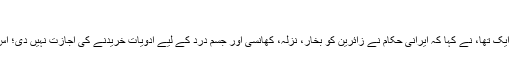
"
55 سالہ طارق حسین، جو ایران سے ملک بدر کیے گئے زائرین میں سے ایک تھا، نے کہا کہ ایرانی حکام نے زائرین کو بخار، نزلہ، کھانسی اور جسم درد کے لیے ادویات خریدنے کی اجازت نہیں دی؛ اس کی بجائے، حکام نے انہیں گاڑیوں میں لادا اور انہیں سرحد پر بھجوا دیا۔